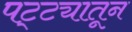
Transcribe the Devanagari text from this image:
पट्ट्यातून